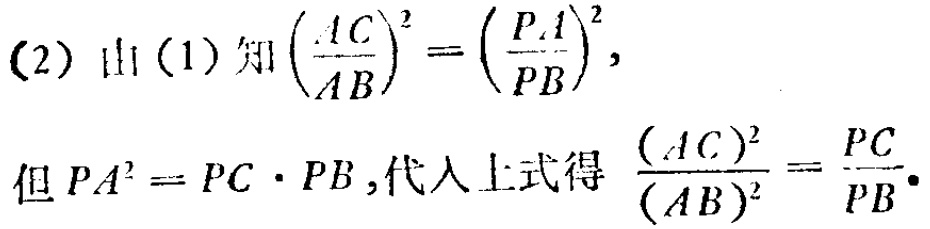
(2) 由(1)知\(\left(\frac{AC}{AB}\right)^2 = \left(\frac{PA}{PB}\right)^2\)，
但\(PA^2 = PC\cdot PB\)，代入上式得\(\frac{(AC)^2}{(AB)^2}=\frac{PC}{PB}\)。